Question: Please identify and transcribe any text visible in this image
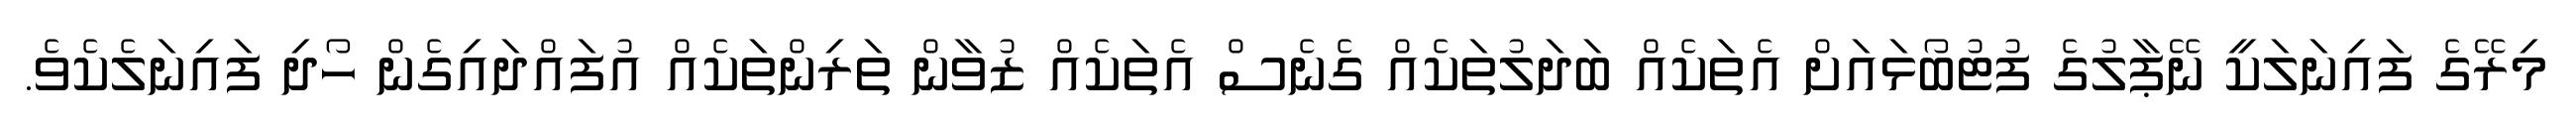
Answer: މިރޭގެ ފައިނަލަކީ ނޭޕާލުގެ ފުޓުބޯޅައަށް އެތަކެއް ބަދަލުތަކެއް ގެނެސް އެތަކެއް ޒުވާން ތަރިންތަކެއް އުފައްދައިގެން ހޯދި ފައިނަލެކެވެ.